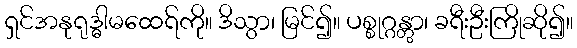
ရှင်အနုရုဒ္ဓါမထေရ်ကို။ ဒိသွာ၊ မြင်၍။ ပစ္စုဂ္ဂန္တွာ၊ ခရီးဦးကြိုဆို၍။